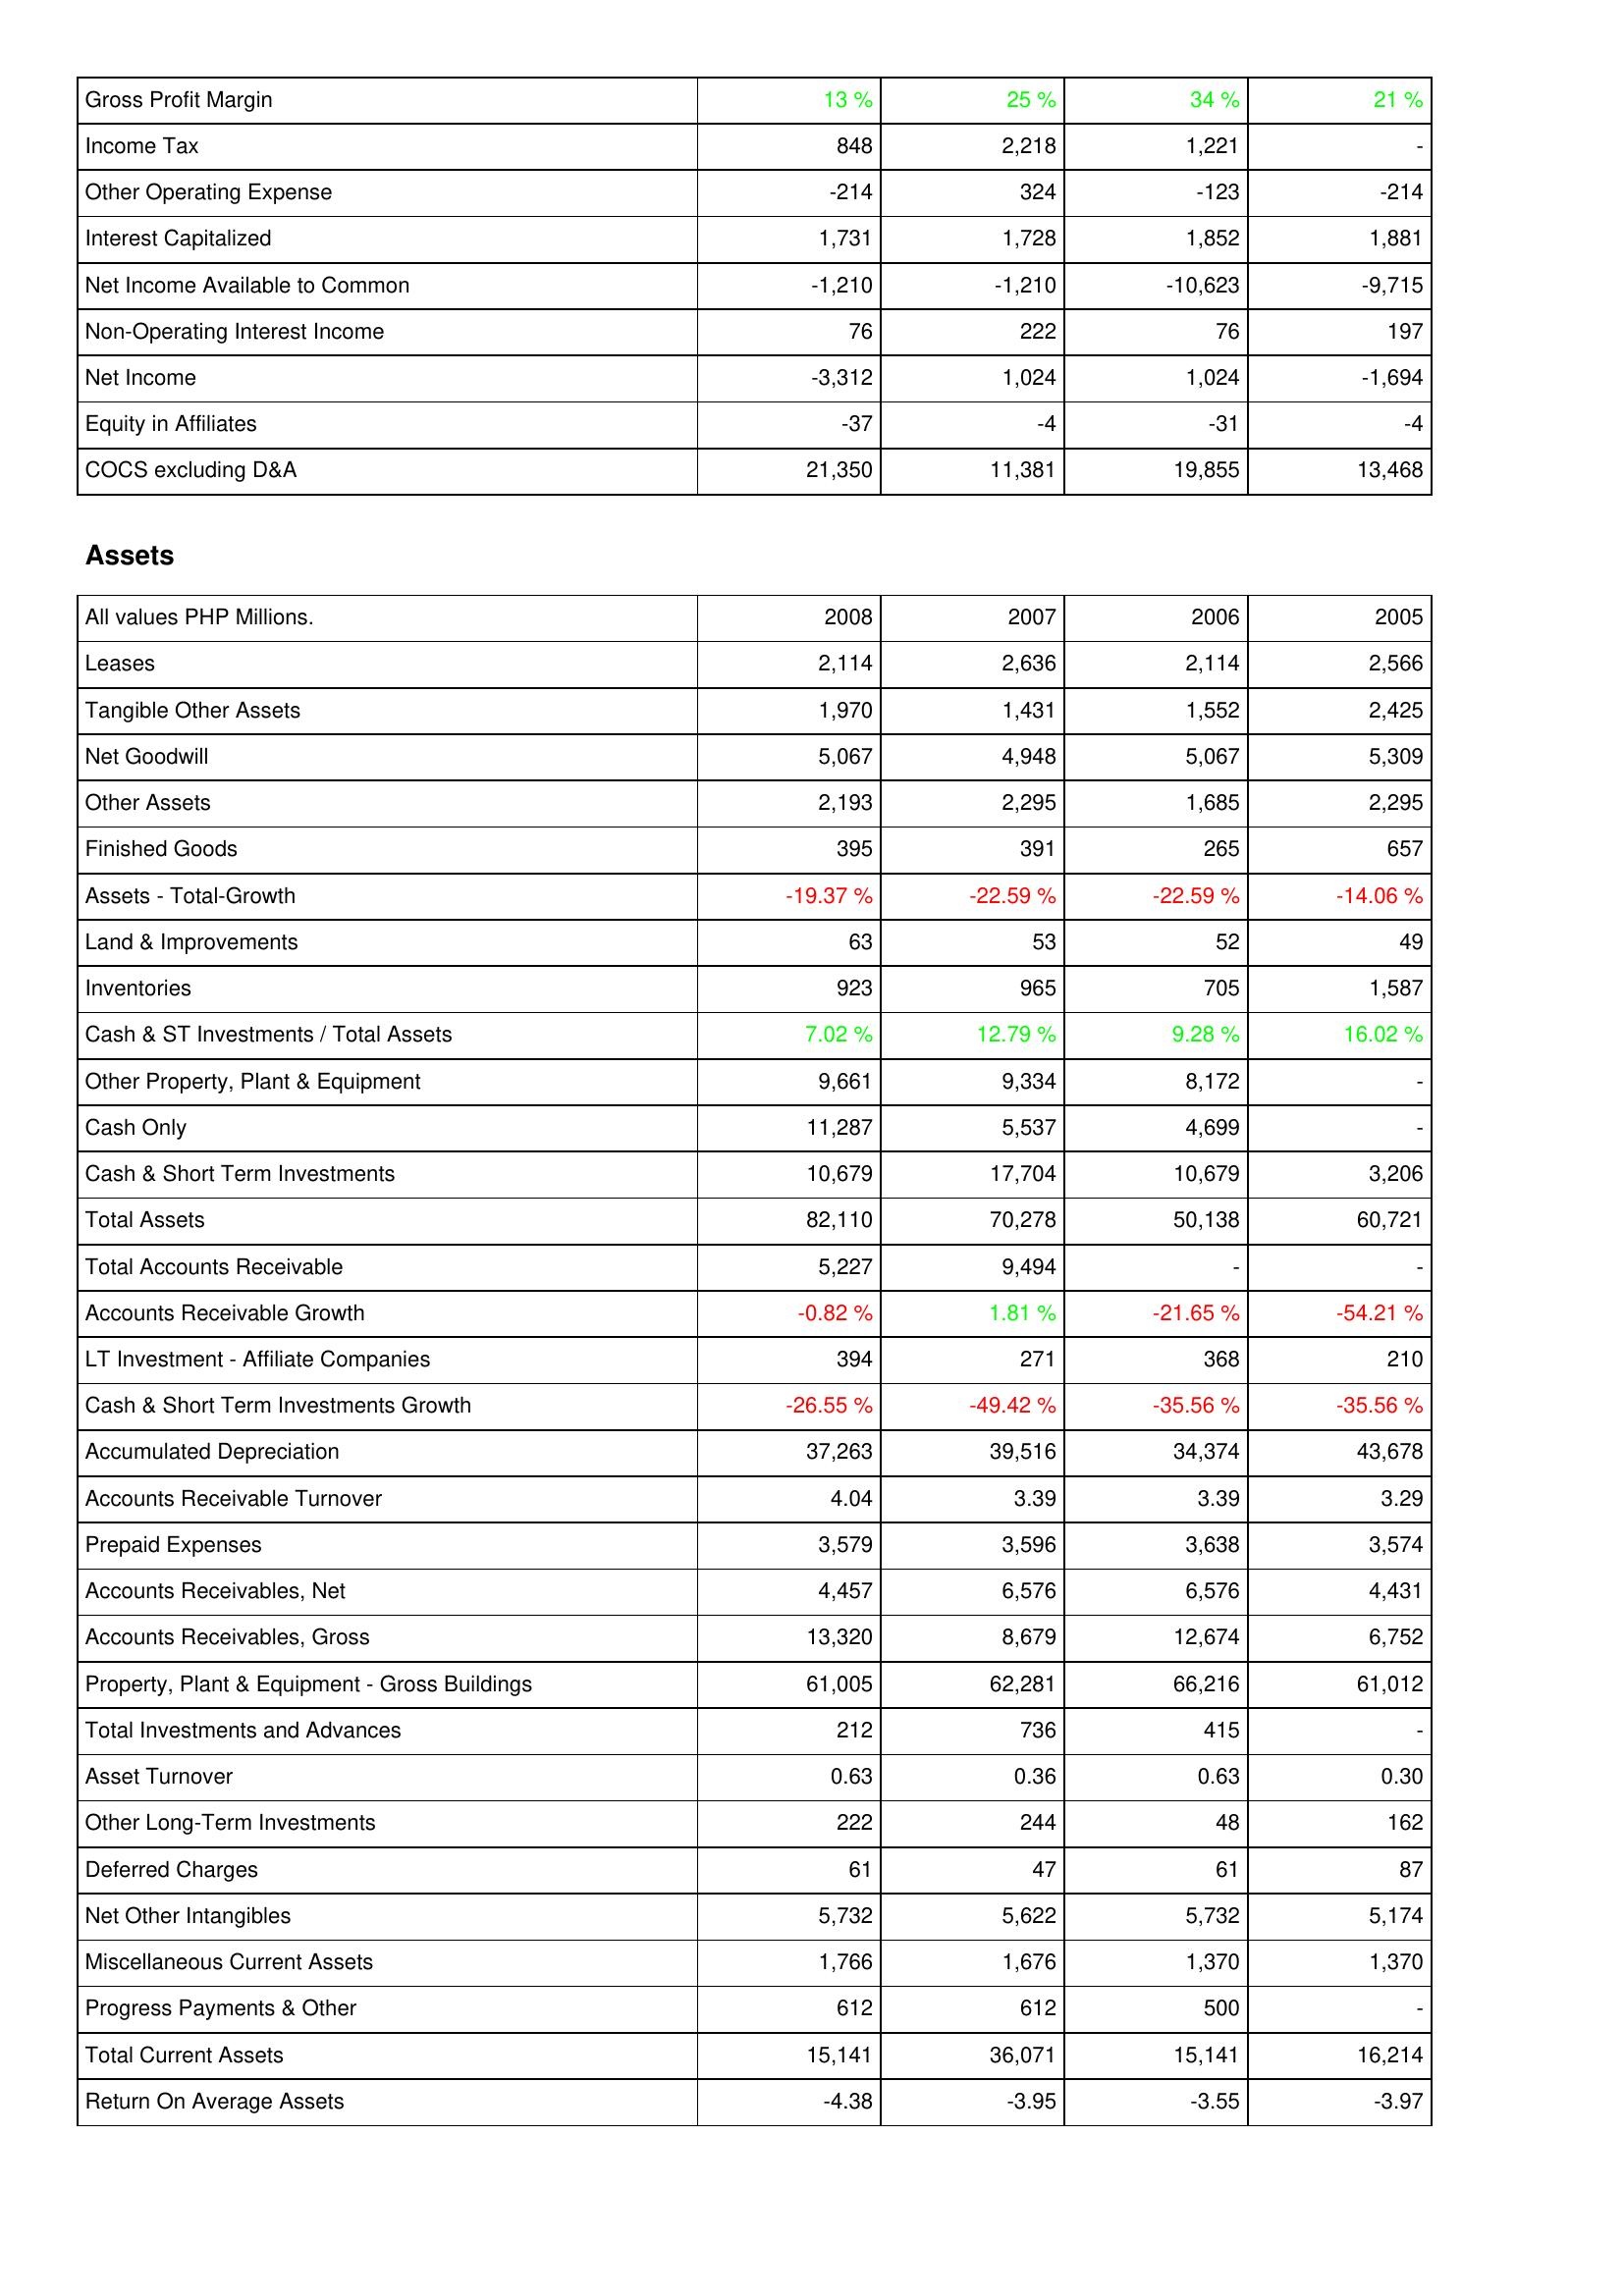
2008: Income Statement: Gross Profit Margin: 13 %
Income Tax: 848
Other Operating Expense: -214
Interest Capitalized: 1,731
Net Income Available to Common: -1,210
Non-Operating Interest Income: 76
Net Income: -3,312
Equity in Affiliates: -37
COCS excluding D&A: 21,350
Assets: Leases: 2,114
Tangible Other Assets: 1,970
Net Goodwill: 5,067
Other Assets: 2,193
Finished Goods: 395
Assets - Total-Growth: -19.37 %
Land & Improvements: 63
Inventories: 923
Cash & ST Investments / Total Assets: 7.02 %
Other Property, Plant & Equipment: 9,661
Cash Only: 11,287
Cash & Short Term Investments: 10,679
Total Assets: 82,110
Total Accounts Receivable: 5,227
Accounts Receivable Growth: -0.82 %
LT Investment - Affiliate Companies: 394
Cash & Short Term Investments Growth: -26.55 %
Accumulated Depreciation: 37,263
Accounts Receivable Turnover: 4.04
Prepaid Expenses: 3,579
Accounts Receivables, Net: 4,457
Accounts Receivables, Gross: 13,320
Property, Plant & Equipment - Gross Buildings: 61,005
Total Investments and Advances: 212
Asset Turnover: 0.63
Other Long-Term Investments: 222
Deferred Charges: 61
Net Other Intangibles: 5,732
Miscellaneous Current Assets: 1,766
Progress Payments & Other: 612
Total Current Assets: 15,141
Return On Average Assets: -4.38
2007: Income Statement: Gross Profit Margin: 25 %
Income Tax: 2,218
Other Operating Expense: 324
Interest Capitalized: 1,728
Net Income Available to Common: -1,210
Non-Operating Interest Income: 222
Net Income: 1,024
Equity in Affiliates: -4
COCS excluding D&A: 11,381
Assets: Leases: 2,636
Tangible Other Assets: 1,431
Net Goodwill: 4,948
Other Assets: 2,295
Finished Goods: 391
Assets - Total-Growth: -22.59 %
Land & Improvements: 53
Inventories: 965
Cash & ST Investments / Total Assets: 12.79 %
Other Property, Plant & Equipment: 9,334
Cash Only: 5,537
Cash & Short Term Investments: 17,704
Total Assets: 70,278
Total Accounts Receivable: 9,494
Accounts Receivable Growth: 1.81 %
LT Investment - Affiliate Companies: 271
Cash & Short Term Investments Growth: -49.42 %
Accumulated Depreciation: 39,516
Accounts Receivable Turnover: 3.39
Prepaid Expenses: 3,596
Accounts Receivables, Net: 6,576
Accounts Receivables, Gross: 8,679
Property, Plant & Equipment - Gross Buildings: 62,281
Total Investments and Advances: 736
Asset Turnover: 0.36
Other Long-Term Investments: 244
Deferred Charges: 47
Net Other Intangibles: 5,622
Miscellaneous Current Assets: 1,676
Progress Payments & Other: 612
Total Current Assets: 36,071
Return On Average Assets: -3.95
2006: Income Statement: Gross Profit Margin: 34 %
Income Tax: 1,221
Other Operating Expense: -123
Interest Capitalized: 1,852
Net Income Available to Common: -10,623
Non-Operating Interest Income: 76
Net Income: 1,024
Equity in Affiliates: -31
COCS excluding D&A: 19,855
Assets: Leases: 2,114
Tangible Other Assets: 1,552
Net Goodwill: 5,067
Other Assets: 1,685
Finished Goods: 265
Assets - Total-Growth: -22.59 %
Land & Improvements: 52
Inventories: 705
Cash & ST Investments / Total Assets: 9.28 %
Other Property, Plant & Equipment: 8,172
Cash Only: 4,699
Cash & Short Term Investments: 10,679
Total Assets: 50,138
Total Accounts Receivable: -
Accounts Receivable Growth: -21.65 %
LT Investment - Affiliate Companies: 368
Cash & Short Term Investments Growth: -35.56 %
Accumulated Depreciation: 34,374
Accounts Receivable Turnover: 3.39
Prepaid Expenses: 3,638
Accounts Receivables, Net: 6,576
Accounts Receivables, Gross: 12,674
Property, Plant & Equipment - Gross Buildings: 66,216
Total Investments and Advances: 415
Asset Turnover: 0.63
Other Long-Term Investments: 48
Deferred Charges: 61
Net Other Intangibles: 5,732
Miscellaneous Current Assets: 1,370
Progress Payments & Other: 500
Total Current Assets: 15,141
Return On Average Assets: -3.55
2005: Income Statement: Gross Profit Margin: 21 %
Income Tax: -
Other Operating Expense: -214
Interest Capitalized: 1,881
Net Income Available to Common: -9,715
Non-Operating Interest Income: 197
Net Income: -1,694
Equity in Affiliates: -4
COCS excluding D&A: 13,468
Assets: Leases: 2,566
Tangible Other Assets: 2,425
Net Goodwill: 5,309
Other Assets: 2,295
Finished Goods: 657
Assets - Total-Growth: -14.06 %
Land & Improvements: 49
Inventories: 1,587
Cash & ST Investments / Total Assets: 16.02 %
Other Property, Plant & Equipment: -
Cash Only: -
Cash & Short Term Investments: 3,206
Total Assets: 60,721
Total Accounts Receivable: -
Accounts Receivable Growth: -54.21 %
LT Investment - Affiliate Companies: 210
Cash & Short Term Investments Growth: -35.56 %
Accumulated Depreciation: 43,678
Accounts Receivable Turnover: 3.29
Prepaid Expenses: 3,574
Accounts Receivables, Net: 4,431
Accounts Receivables, Gross: 6,752
Property, Plant & Equipment - Gross Buildings: 61,012
Total Investments and Advances: -
Asset Turnover: 0.30
Other Long-Term Investments: 162
Deferred Charges: 87
Net Other Intangibles: 5,174
Miscellaneous Current Assets: 1,370
Progress Payments & Other: -
Total Current Assets: 16,214
Return On Average Assets: -3.97